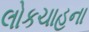
લોકચાહના